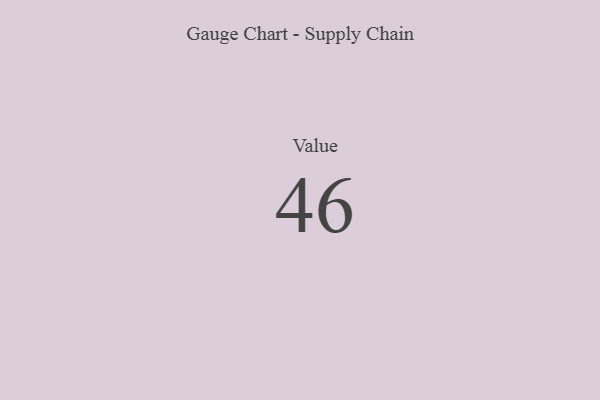
{"axis": {"x": "Metric", "y": "Value"}, "legend": [""], "data": [{"x": "Value", "y": 46, "type": ""}]}